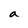
Character: a